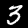
Digit: 3